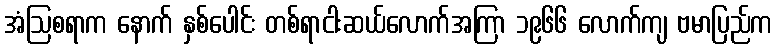
အံဩစရာက နောက် နှစ်ပေါင်း တစ်ရာငါးဆယ်လောက်အကြာ ၁၉၆၆ လောက်ကျ ဗမာပြည်က